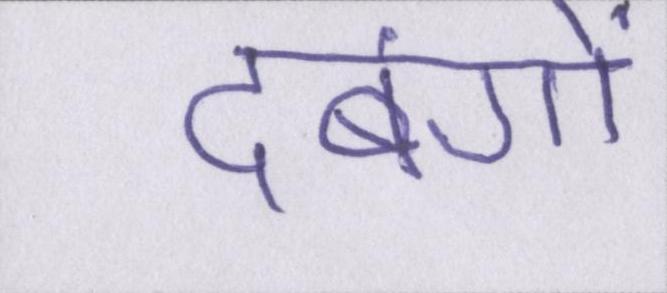
दबंगों